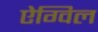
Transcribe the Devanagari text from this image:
ऐग्विल